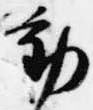
動